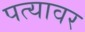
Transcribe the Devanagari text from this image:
पत्‍यावर